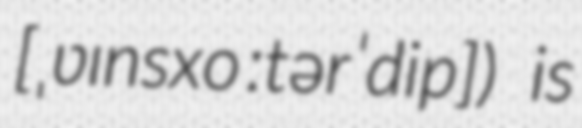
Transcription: [ˌʋɪnsxoːtərˈdip]) is